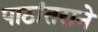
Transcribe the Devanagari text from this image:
पाठांतराने